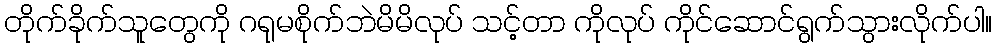
တိုက်ခိုက်သူတွေကို ဂရုမစိုက်ဘဲမိမိလုပ် သင့်တာ ကိုလုပ် ကိုင်ဆောင်ရွက်သွားလိုက်ပါ။